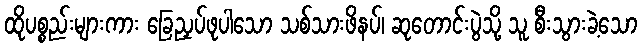
ထိုပစ္စည်းများကား ခြေညှပ်ဖုပါသော သစ်သားဖိနပ်၊ ဆုတောင်းပွဲသို့ သူ စီးသွားခဲ့သော